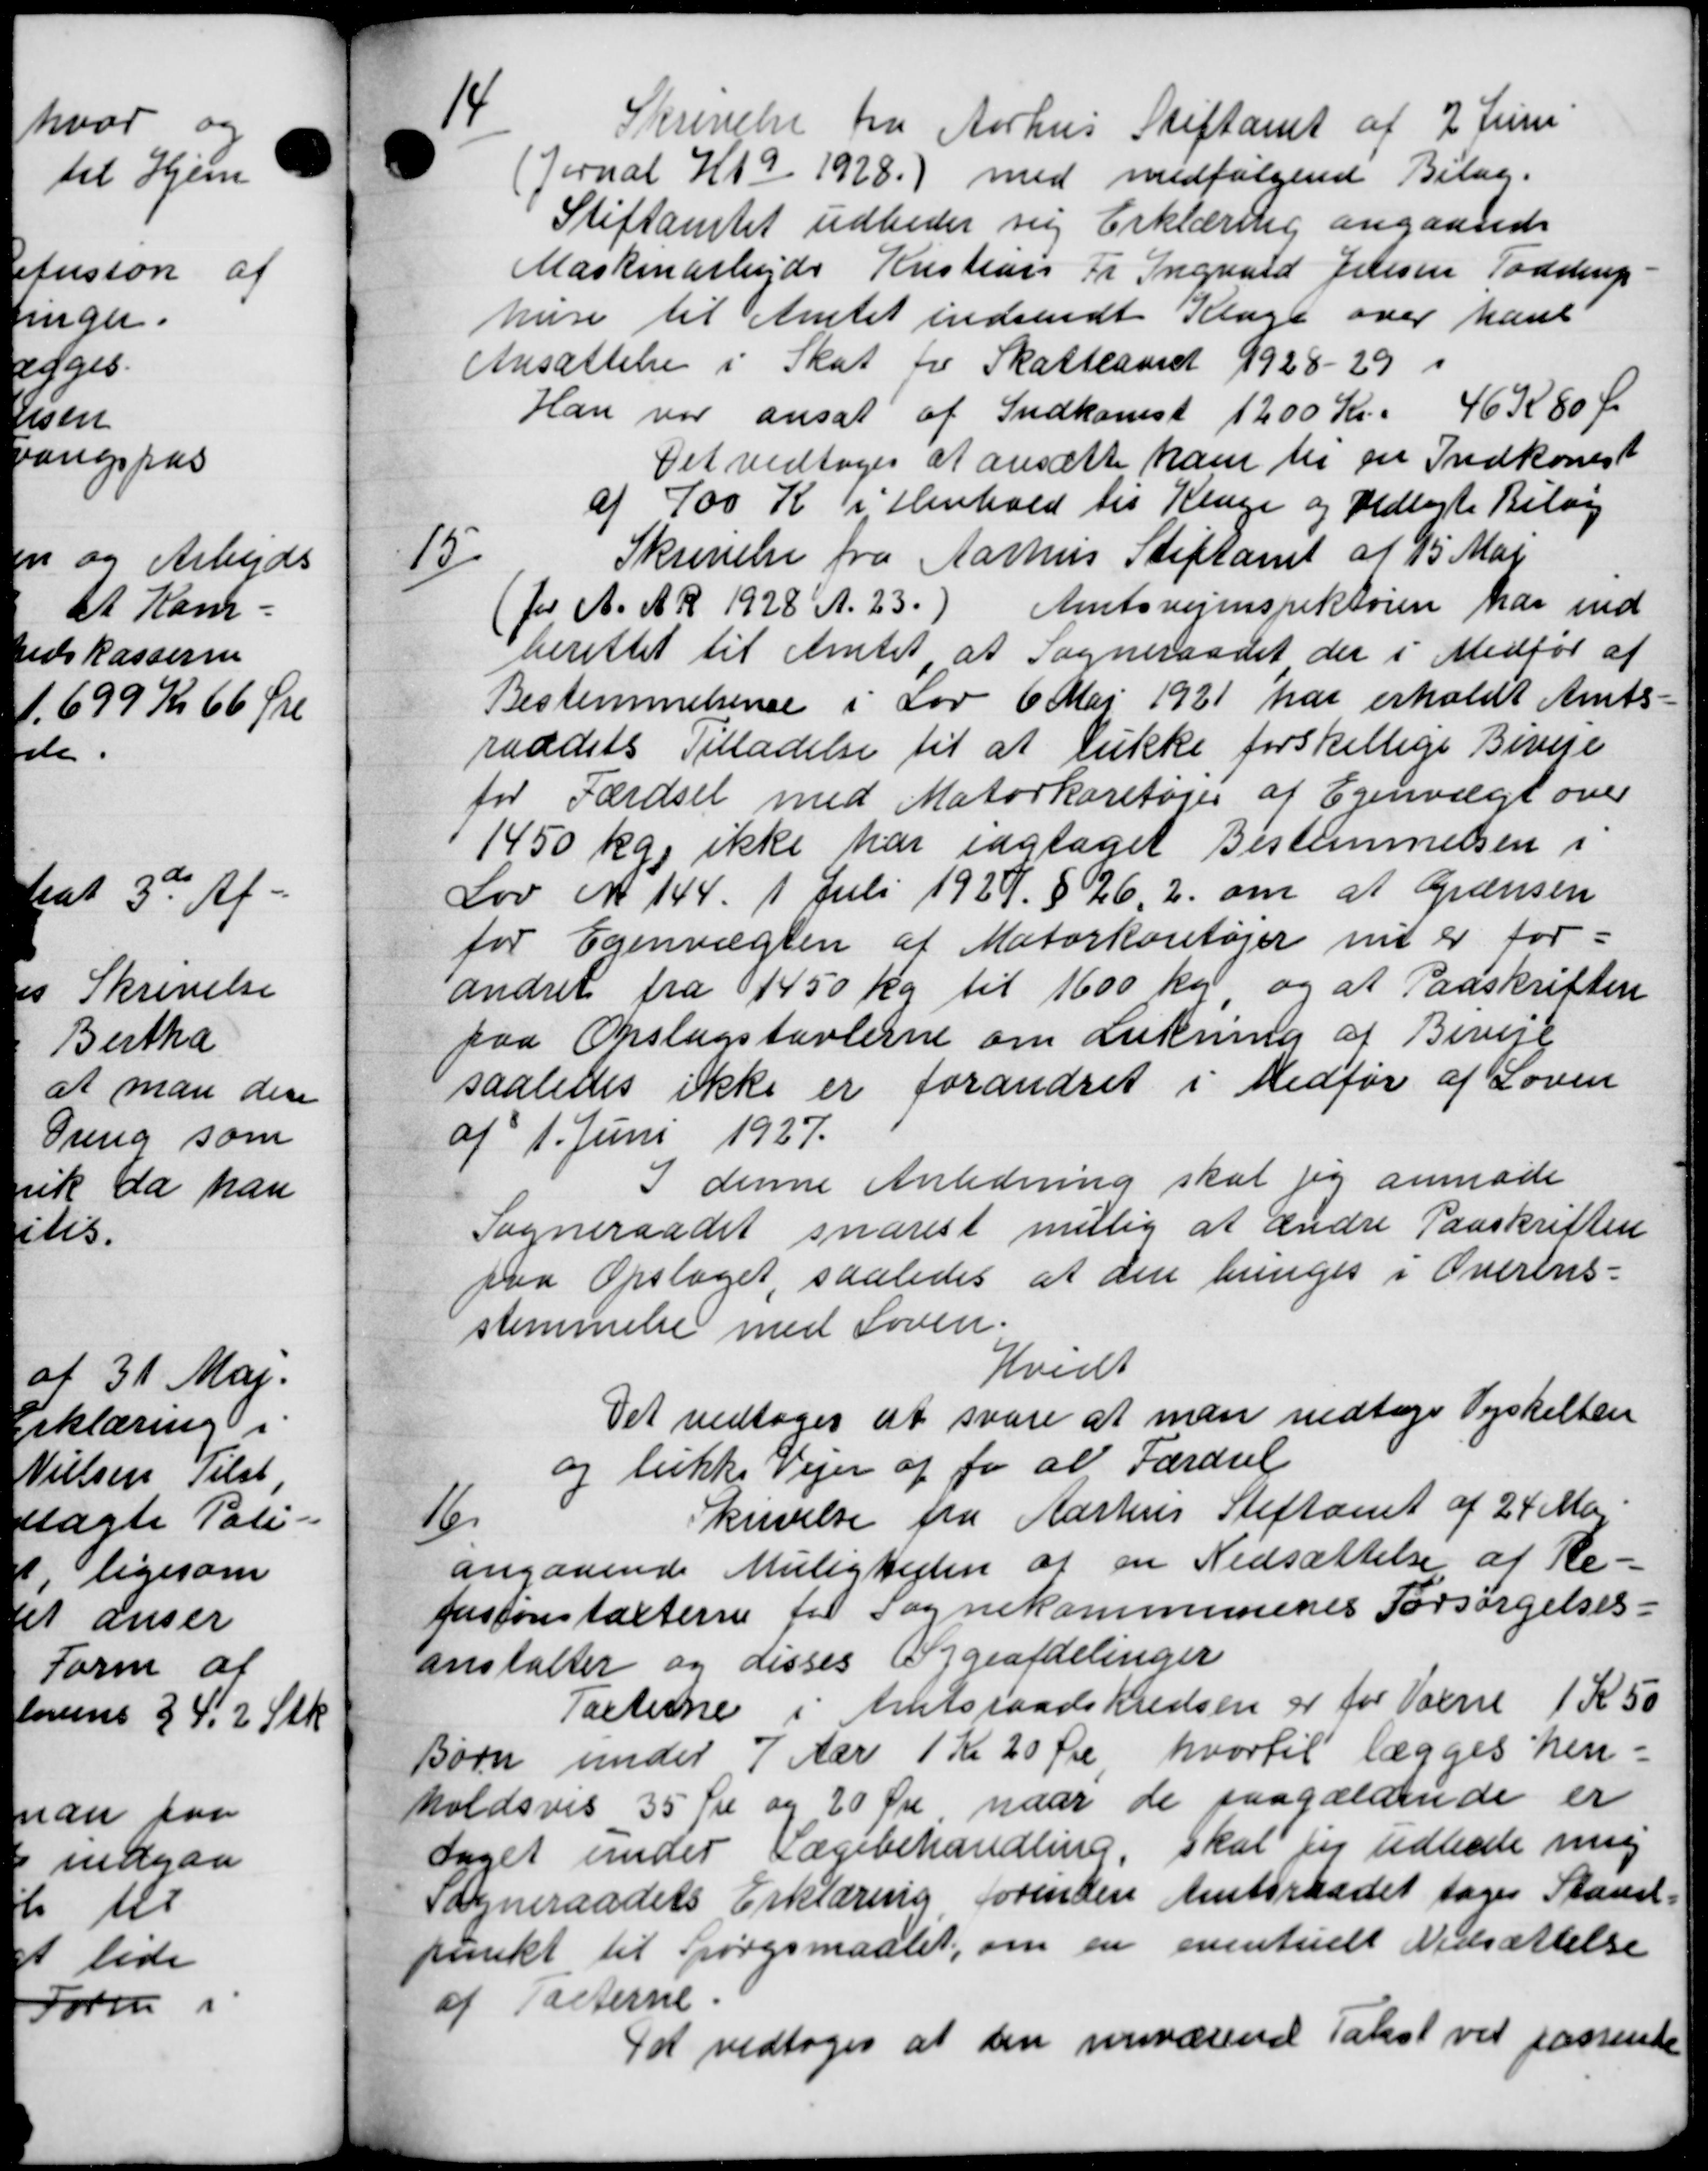
Transskription:
14
Skrivelse fra Aarhus Stiftamt af 2 Juni
(Jernal H 19 1928.) med medfølgende Bilag.
Stiftamtet udbeder sig Erklæring angaaende
Maskinarbejder Kristian Fr. Ingvand Jensen Tødstrup
huse til Amtet indsendt Klage over hans
Ansættelse i Skat fra Skatteaaret 9928-29 i
Han var ansat af Indkomst 1200 Kr. 46 K 80 Ør
Det vedtoges at ansætte ham til en Indkomst
af 700 K i Henhold til Klage og Vedlagte Bilag
15
Skrivelse fra Aarhus Stiftamt af 25 Maj
for A. A. R 1928 A. 23.) Amtsvejinspektøren har ind
berettet til Amtet at Sogneraadet der i Medfør af
Bestemmelsende i Lov 6 Maj 1921 har erholdt Amts=
raadets Tilladelse til at lukke forskellige Biveje
for Færdsel med Motorkøretøjer af Egenvægt over
1450 kg ikke har sagtaget Bestemmelsen i
Lov No 144. 1 Juli 1927 § 262 om at Grænsen
for Egenvægten af Motorkontøjer nu er for-
andret fra 1450 kg til 1600 kr og at Paaskriften
paa Omslagstavlerne om Lukning af Biveje
saaledes ikke er forandret i Medfør af Loven
af 1. Juni 1927.
I denne Anledning skal jeg anmode
Sogneraadet snarest mellig at ændre Paaskriften
paa Opslaget, saaledes at den bringes i Overens=
stemmelse med Loven.
Hvidt
Det vedtoges at svare at man vedtage Vejskilten
og lukke Vejen af for at Færdsel
16
krivelse fra Aarhus Stiftamt af 24 Ma
angaaende Muligheden af en Nedsættelse af Re-
forstonstalterne for Sognekommunenes Forsørgelses-
anstalter og disses Sygeafdelinger
Taxterne i Amtsraadskredsen er for Voxne 1 K 50
Børn under 7 Aar 1 Kr 20 Øre hvortil lægges hen=
holdsvis 35 Øre og 20 Øre naar de paagældende er
saget under Lægebehandling, skal jeg udbede mig
Sogneraadets Erklæring forinden Amtsraadet tages Stan=
punkt til Spørgsmaalet, om en eventuelt Nedsættelse
af Pasterne
Det vedtoges at den nuværend Takst vil passente